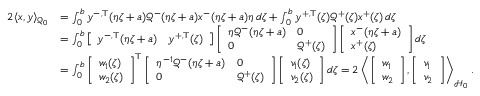
\begin{array} { r l } { 2 \langle x , y \rangle _ { \mathcal { Q } _ { 0 } } } & { = \int _ { 0 } ^ { b } y ^ { - , \top } ( \eta \zeta + a ) \mathcal { Q } ^ { - } ( \eta \zeta + a ) x ^ { - } ( \eta \zeta + a ) \eta \, d \zeta + \int _ { 0 } ^ { b } y ^ { + , \top } ( \zeta ) \mathcal { Q } ^ { + } ( \zeta ) x ^ { + } ( \zeta ) \, d \zeta } \\ & { = \int _ { 0 } ^ { b } \left[ \begin{array} { l l } { y ^ { - , \top } ( \eta \zeta + a ) } & { y ^ { + , \top } ( \zeta ) } \end{array} \right] \left[ \begin{array} { l l } { \eta \mathcal { Q } ^ { - } ( \eta \zeta + a ) } & { 0 } \\ { 0 } & { \mathcal { Q } ^ { + } ( \zeta ) } \end{array} \right] \left[ \begin{array} { l } { x ^ { - } ( \eta \zeta + a ) } \\ { x ^ { + } ( \zeta ) } \end{array} \right] d \zeta } \\ & { = \int _ { 0 } ^ { b } \left[ \begin{array} { l } { w _ { 1 } ( \zeta ) } \\ { w _ { 2 } ( \zeta ) } \end{array} \right] ^ { \top } \left[ \begin{array} { l l } { \eta ^ { - 1 } \mathcal { Q } ^ { - } ( \eta \zeta + a ) } & { 0 } \\ { 0 } & { \mathcal { Q } ^ { + } ( \zeta ) } \end{array} \right] \left[ \begin{array} { l } { v _ { 1 } ( \zeta ) } \\ { v _ { 2 } ( \zeta ) } \end{array} \right] d \zeta = 2 \left\langle \left[ \begin{array} { l } { w _ { 1 } } \\ { w _ { 2 } } \end{array} \right] , \left[ \begin{array} { l } { v _ { 1 } } \\ { v _ { 2 } } \end{array} \right] \right\rangle _ { \mathcal { H } _ { 0 } } . } \end{array}